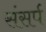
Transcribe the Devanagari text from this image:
संसर्प